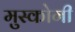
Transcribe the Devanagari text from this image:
मुस्कोगी